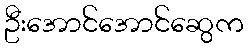
ဦးအောင်အောင်ဆွေက